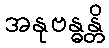
အနုဗန္ဓန္တိ